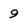
Character: 9